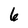
Character: 6